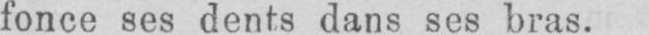
fonce ses dents dans ses bras.